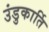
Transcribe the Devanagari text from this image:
उंडुकार्ति